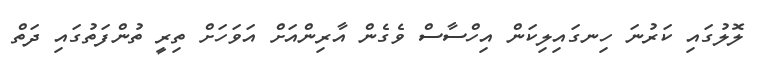
ލޮލުގައި ކަރުނަ ހިނގައިލިކަން އިހްސާސް ވެގެން އާރިންއަށް އަވަހަށް ތިރީ ތުންފަތުގައި ދަތް